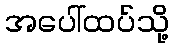
အပေါ်ထပ်သို့